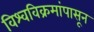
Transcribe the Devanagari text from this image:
विश्वविक्रमांपासून